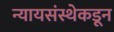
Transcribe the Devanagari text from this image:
न्यायसंस्थेकडून